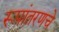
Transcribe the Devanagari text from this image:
रूपांतरणचे